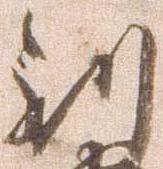
到